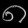
Digit: ၈